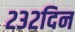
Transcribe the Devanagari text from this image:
२३२दिन